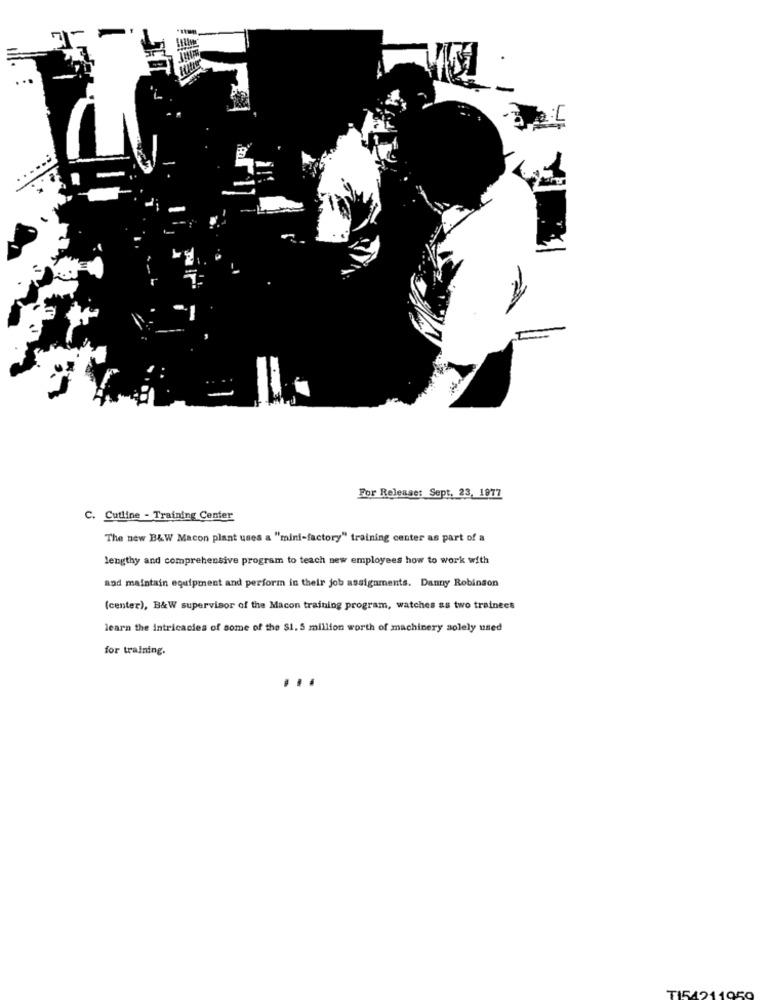
71
For Release: Sept. 23, 1977
C. Cutline - Training Center
The new B&W Macon plant uses a "mini-factory" training center as part of a
lengthy and comprehensive program to teach new employees how to work with
and maintain equipment and perform in their job assignments. Danny Robinson
(center), B&W supervisor of the Macon training program, watches ss two trainees
learn the intricacies of some of the $1. 5 million worth of machinery solely used
for training.
...
TI54211050